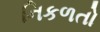
નિકળતો